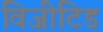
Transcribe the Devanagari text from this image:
विजीटिड